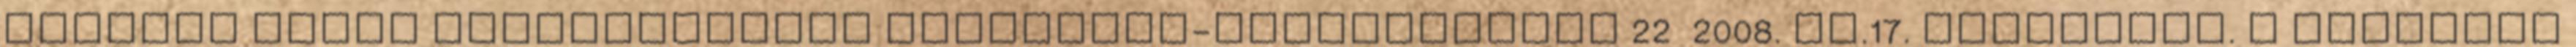
Szentes Város Önkormányzata Képviselő-testületének 22 2008. XI.17. rendelete. a sportról